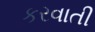
કરવાતી